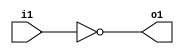
module not1(input i1, output o1);
  assign o1 = !i1;
endmodule